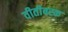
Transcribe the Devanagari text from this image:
वीतीबस्क